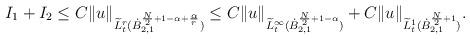
LaTeX: \begin{align*}\begin{aligned} I_1 + I_2 \le C \Vert u\Vert_{\widetilde{L}^r_t (\dot{B}^{\frac{N}{2}+1-\alpha+\frac{\alpha}{r}}_{2,1})} \leq C \Vert u\Vert_{\widetilde{L}^\infty_t (\dot{B}^{\frac{N}{2}+1-\alpha}_{2,1})} + C \Vert u\Vert_{\widetilde{L}^1_t (\dot{B}^{\frac{N}{2}+1}_{2,1})}.\end{aligned}\end{align*}